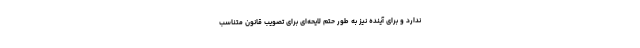
ندارد و برای آینده نیز به طور حتم لایحه‌ای برای تصویب قانون متناسب